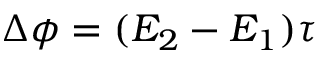
\Delta \phi = ( E _ { 2 } - E _ { 1 } ) \tau